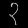
Digit: ၃